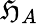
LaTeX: \mathfrak{H}_{A}